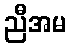
ညီအမ